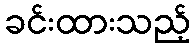
ခင်းထားသည့်